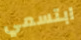
ابتسمي